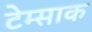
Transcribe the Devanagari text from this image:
टेम्साक